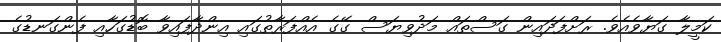
ކަމީލާ ގަޔާވެއެވެ. ރަށްފަދައިން ގަސްތައް މަދުވިޔަސް ގޭގެ އެއްފަރާތުގައި އިންދާފައިވާ ބޮޑުގަހާއި ފެންގަނޑުގެ